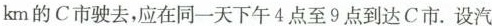
km的 C 市驶去，应在同一天下午 4 点至 9 点到达 C 市。设汽